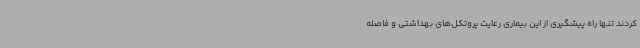
کردند تنها راه پیشگیری از این بیماری رعایت پروتکل‌های بهداشتی و فاصله